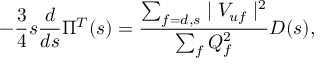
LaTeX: - \frac { 3 } { 4 } s \frac { d } { d s } \Pi ^ { T } ( s ) = \frac { \sum _ { f = d , s } \mid V _ { u f } \mid ^ { 2 } } { \sum _ { f } Q _ { f } ^ { 2 } } D ( s ) ,